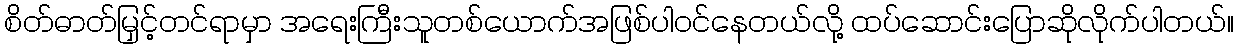
စိတ်ဓာတ်မြှင့်တင်ရာမှာ အရေးကြီးသူတစ်ယောက်အဖြစ်ပါဝင်နေတယ်လို့ ထပ်ဆောင်းပြောဆိုလိုက်ပါတယ်။